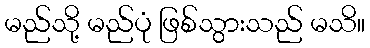
မည်သို့ မည်ပုံ ဖြစ်သွားသည် မသိ။